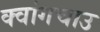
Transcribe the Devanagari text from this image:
क्वांगचाउ